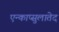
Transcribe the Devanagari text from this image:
एन्काप्सुलातेद